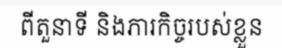
ពីតួនាទី និងភារកិច្ចរបស់ខ្លួន